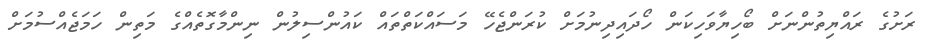
ރަށުގެ ރައްޔިތުންނަށް ބޯހިޔާވަހިކަން ހޯދައިދިނުމަށް ކުރަންޖެހޭ މަސައްކަތްތައް ކައުންސިލުން ނިންމާގޮތެއްގެ މަތިން ހަމަޖެއްސުމަށް